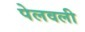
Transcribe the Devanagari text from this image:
पेलवली